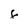
Character: F